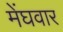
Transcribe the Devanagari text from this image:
मेंघवार